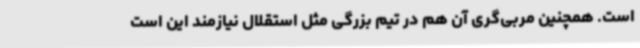
است. همچنین مربی‌گری آن هم در تیم بزرگی مثل استقلال نیازمند این است